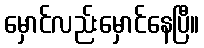
မှောင်လည်းမှောင်နေပြီ။